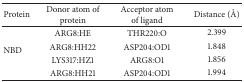
| Protein | Donor atom of protein | Acceptor atom of ligand | Distance (Å) |
 | --- | --- | --- | --- |
 | <ROWSPAN=4> NBD | ARG8:HE | THR220:O | 2.399 |
 | ARG8:HH22 | ASP204:OD1 | 1.848 |
 | LYS317:HZ1 | ARG8:O1 | 1.856 |
 | ARG8:HH21 | ASP204:OD1 | 1.994 |